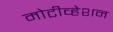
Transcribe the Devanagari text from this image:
मोटीव्हेशन